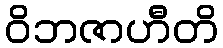
ဝိဘဇာဟီတိ